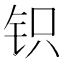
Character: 𰽨